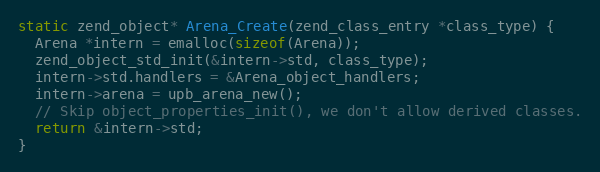
Language: C
static zend_object* Arena_Create(zend_class_entry *class_type) {
  Arena *intern = emalloc(sizeof(Arena));
  zend_object_std_init(&intern->std, class_type);
  intern->std.handlers = &Arena_object_handlers;
  intern->arena = upb_arena_new();
  // Skip object_properties_init(), we don't allow derived classes.
  return &intern->std;
}